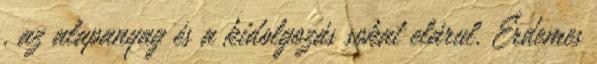
, az alapanyag és a kidolgozás sokat elárul. Érdemes